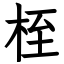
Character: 桎